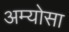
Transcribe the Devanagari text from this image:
अम्योसा